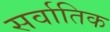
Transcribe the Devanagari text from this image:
सर्वातिक